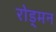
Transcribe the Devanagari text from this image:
रोड्मन